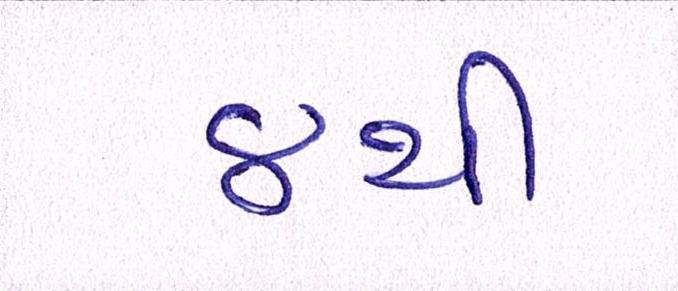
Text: ૪થી